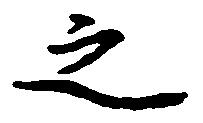
之